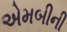
એમબીની